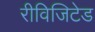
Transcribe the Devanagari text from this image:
रीविजिटेड